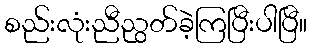
စည်းလုံးညီညွတ်ခဲ့ကြပြီးပါပြီ။